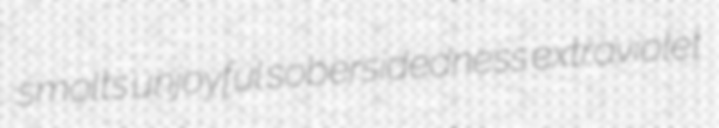
smolts unjoyful sobersidedness extraviolet